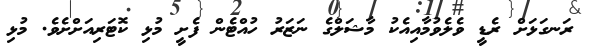
ރަނގަޅަށް ރެޑީ ވެލެވުމާއިއެކު މާޝަލްގެ ނަޒަރު ހުއްޓެން ފެށީ މުޅި ކޮޓަރިއަށްށެވެ. މުޅި